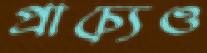
প্রাচ্যেও